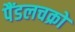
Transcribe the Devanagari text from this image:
पैंडलचक्रों